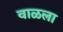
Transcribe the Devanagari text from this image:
वाळला